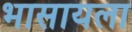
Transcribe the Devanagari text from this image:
भासायला